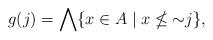
LaTeX: \begin{align*} g(j) = \bigwedge \{ x \in A \mid x \nleq {\sim} j \},\end{align*}